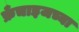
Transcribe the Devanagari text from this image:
फ्रँचाइजच्या